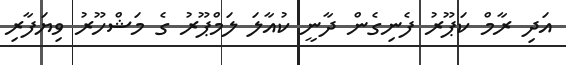
އަދި ރާމް ކަޕޫރު ފެނިގެން ދާނީ ކުއާލަ ލަމްޕޫރު ގެ މަޝްހޫރު ވިޔަފާރި